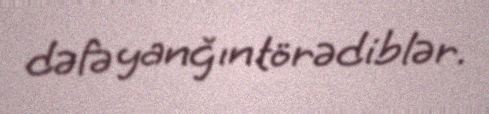
dəfə yanğın törədiblər.